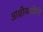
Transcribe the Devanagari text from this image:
आक्षीरवाहिनी